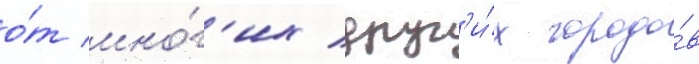
о́т мно́г'их друг'и́х городо́в